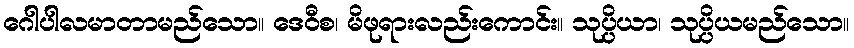
ဂေါပါလမာတာမည်သော။ ဒေဝီစ၊ မိဖုရားလည်းကောင်း။ သုပ္ပိယာ၊ သုပ္ပိယမည်သော။